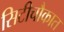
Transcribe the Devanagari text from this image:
सिटीचौकात